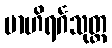
ဗာဟိရင်္ဂသုတ္တ